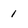
Character: 1